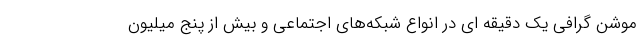
موشن گرافي يك دقيقه اي در انواع شبكه‌هاي اجتماعي و بيش از پنج ميليون